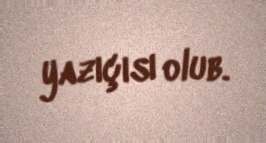
yazıçısı olub.